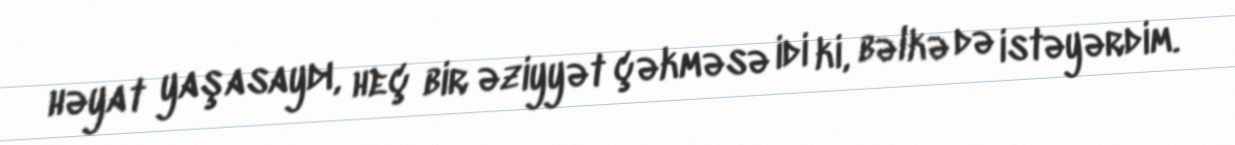
həyat yaşasaydı, heç bir əziyyət çəkməsə idi ki, bəlkə də istəyərdim.